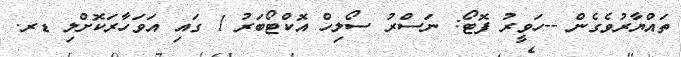
ތައްޔާރުވެގެން --ހަވީރު ފޮޓޯ: ނަސްރު ސޯލިހް އޮކްޓޯބަރު 1 ގައި އަވަހާރަކޮށްލި ޑރ.